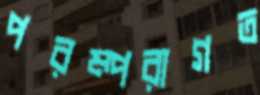
পরম্পরাগত